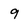
Character: 9